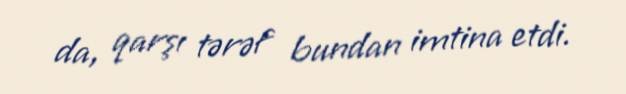
da, qarşı tərəf bundan imtina etdi.